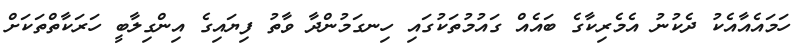
ހަމައެއާއެކު ދެކުނު އެމެރިކާގެ ބައެއް ގައުމުތަކުގައި ހިނގަމުންދާ ވާތު ފިޔައިގެ އިންގިލާބީ ހަރަކާތްތަކަށް